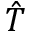
\hat { T }